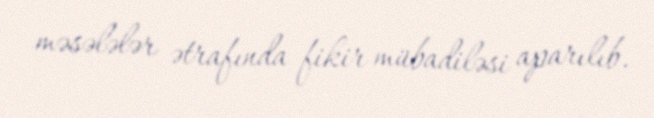
məsələlər ətrafında fikir mübadiləsi aparılıb.